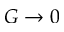
G \to 0